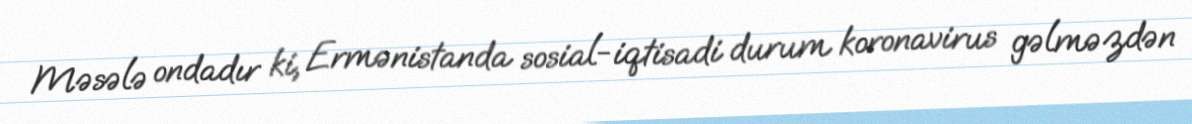
Məsələ ondadır ki, Ermənistanda sosial-iqtisadi durum koronavirus gəlməzdən